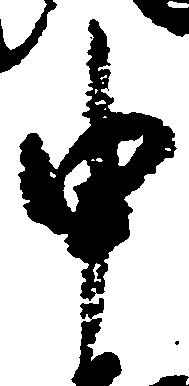
申